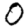
Digit: 0